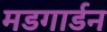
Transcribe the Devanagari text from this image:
मडगार्डन